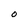
Character: O